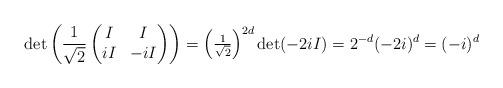
LaTeX: \begin{align*}\det\left(\frac{1}{\sqrt{2}}\begin{pmatrix}I & I\\i I & -i I\end{pmatrix}\right) = \left(\tfrac{1}{\sqrt{2}}\right)^{2d} \det(-2 i I) = 2^{-d} (-2 i)^{d} = (-i)^d\end{align*}